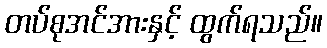
တပ်စုအင်အားနှင့် ထွက်ရသည်။